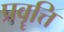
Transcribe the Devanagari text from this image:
प्रवॄत्ति